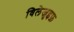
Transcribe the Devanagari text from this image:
विलेजुइफ़